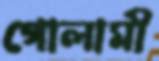
গোলামী